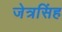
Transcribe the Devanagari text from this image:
जेत्रसिंह